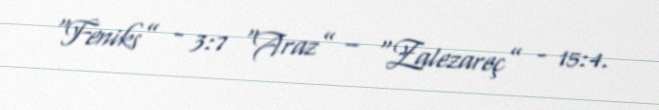
“Feniks” - 3:7 “Araz” – “Zalezareç” - 15:4.